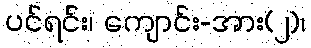
ပင်ရင်း၊ ကျောင်း-အား(၂)၊